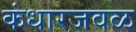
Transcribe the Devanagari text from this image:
कंधारजवळ